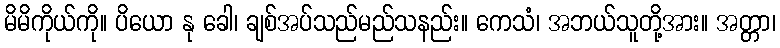
မိမိကိုယ်ကို။ ပိယော နု ခေါ၊ ချစ်အပ်သည်မည်သနည်း။ ကေသံ၊ အဘယ်သူတို့အား။ အတ္တာ၊